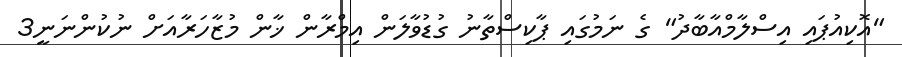
"އޮކިއުޕައި އިސްލާމްއާބާދު" ގެ ނަމުގައި ޕާކިސްތާނު ގުޑުވާލަން އިމްރާން ޚާން މުޒާހަރާއަށް ނުކުންނަނީ3